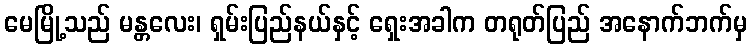
မေမြို့သည် မန္တလေး၊ ရှမ်းပြည်နယ်နှင့် ရှေးအခါက တရုတ်ပြည် အနောက်ဘက်မှ